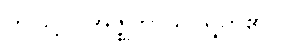
ဤသို့။ (အဇ္ဈဘာသိ၊ ရွတ်၏။)